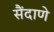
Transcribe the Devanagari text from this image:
सैंदाणे